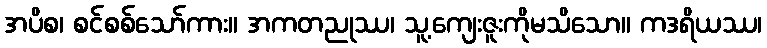
အပိစ၊ စင်စစ်သော်ကား။ အကတညုဿ၊ သူ့ကျေးဇူးကိုမသိသော။ ကဒရိယဿ၊